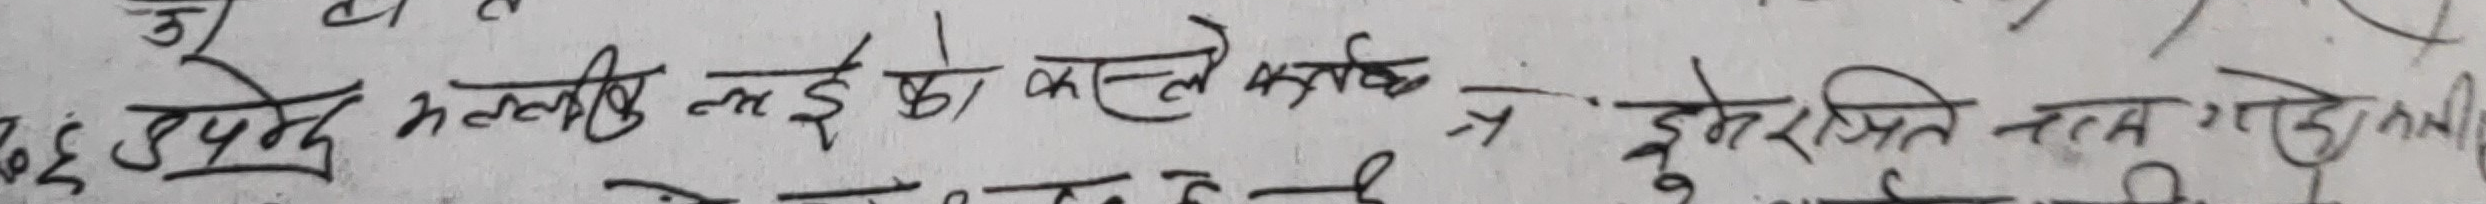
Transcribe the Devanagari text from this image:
हुन्छ उप्रेत भल्लिक लडाईं को कल्ले गर्न ? डुबेर जित्ने नाम गाडेको छ।